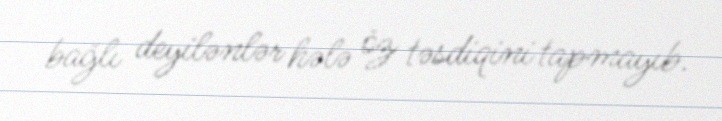
bağlı deyilənlər hələ öz təsdiqini tapmayıb.